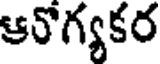
ఆరోగ్యకర